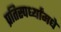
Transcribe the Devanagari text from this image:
प्रतिस्पर्ध्यांमधे